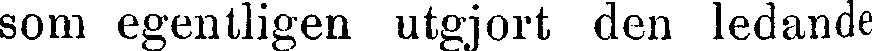
som egentligen utgjort den ledande